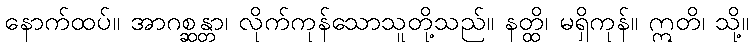
နောက်ထပ်။ အာဂစ္ဆန္တာ၊ လိုက်ကုန်သောသူတို့သည်။ နတ္ထိ၊ မရှိကုန်။ ဣတိ၊ သို့။